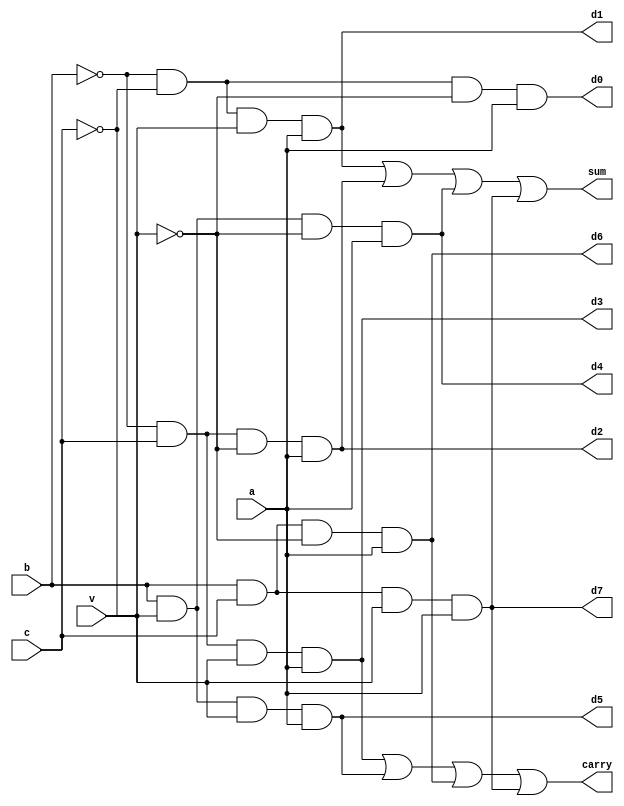
module demux1to8 (
    a, b, c, v, d0, d1, d2, d3, d4, d5, d6, d7, sum, carry
);
input a, b, c, v;
output d0, d1, d2, d3, d4, d5, d6, d7, sum, carry;

assign d0 = ~b & ~c & ~v & a;
assign d1 = ~b & ~c & v & a;
assign d2 = ~b & c & ~v & a;
assign d3 = ~b & c & v & a;
assign d4 = b & ~c & ~v & a;
assign d5 = b & ~c & v & a;
assign d6 = b & c & ~v & a;
assign d7 = b & c & v & a;

// sum = d1 + d2 + d4 + d7
assign sum = d1 | d2 | d4 | d7;
// carry = d3 + d5 + d6 + d7
assign carry = d3 | d5 | d6 | d7;



    
endmodule

// module fullAdder (a, b, c, s, cOut);

module demuxTestBench;
reg a, b, c, v;
wire d0, d1, d2, d3, d4, d5, d6, d7, sum, carry;

demux1to8 i(a, b, c, v, d0, d1, d2, d3, d4, d5, d6, d7, sum, carry);

initial begin
    a=1'b1;
    b=1'b0; c=1'b0; v=1'b0;
    $monitor("Time: %0t, b: %b, c: %b, v: %b, a: %b, d0: %b, d1: %b, d2: %b, d3: %b, d4: %b, d5: %b, d6: %b, d7: %b, sum: %b, carry: %b", $time, b, c, v, a, d0, d1, d2, d3, d4, d5, d6, d7, sum, carry);
    #5 b=1'b0; c=1'b0; v=1'b0;
    #5 b=1'b0; c=1'b0; v=1'b1;
    #5 b=1'b0; c=1'b1; v=1'b0;
    #5 b=1'b0; c=1'b1; v=1'b1;
    #5 b=1'b1; c=1'b0; v=1'b0;
    #5 b=1'b1; c=1'b0; v=1'b1;
    #5 b=1'b1; c=1'b1; v=1'b0;
    #5 b=1'b1; c=1'b1; v=1'b1;
end
endmodule